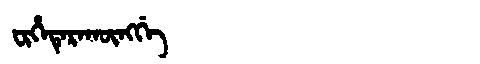
Manchu: ᠸᡳᡥᡝᡨᡝᡵᠠᡴᡡᠩᡤᡝ
Romanization: FIHETERAKŪNGGE